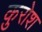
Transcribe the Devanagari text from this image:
क़ुरोश